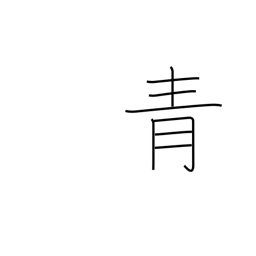
Meaning: blue